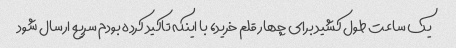
یک ساعت طول کشید برای چهار قلم خرید، با اینکه تاکید کرده بودم سریع ارسال شود